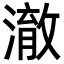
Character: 澈